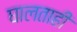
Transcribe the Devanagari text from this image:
घालताही